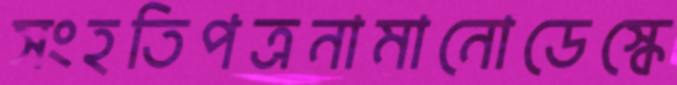
সংহতিপত্রনামানোডেস্কে